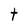
Character: t